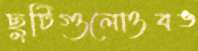
ছুটিগুলোওবঙ